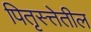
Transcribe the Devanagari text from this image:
पितृस्त्तेतील